Lunatic asylums United Provinces 1909-1921 - 1909-1921
Year: 1909
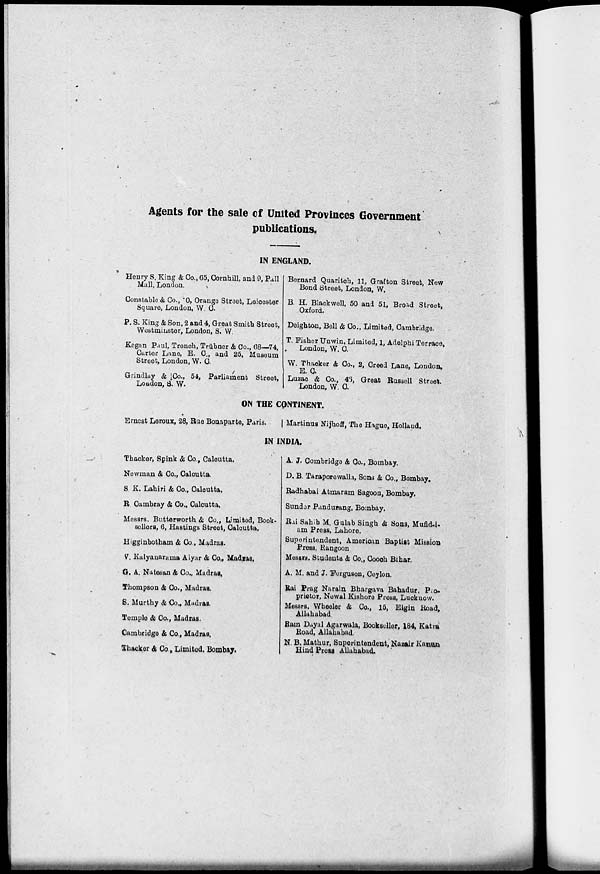
Agents for the sale of United Provinces Government
publications.
IN ENGLAND.
Henry S. King & Co., 65, Cornhill, and 9, Pall
Mall, London.
Constable & Co., O, Orange Street, Leicester
Square, London, W. C.
P. S. King & Son, 2 and 4, Great Smith Street,
Westminster, London, S. W.
Kegan Paul, Trench, Trübner & Co., 68—74,
Carter Lane, E. C., and 25, Museum
Street, London, W. C.
Grindlay & Co., 54, Parliament Street,
London, S. W.
Bernard Quaritch, 11, Grafton Street, New
Bond Street, London, W.
B. H. Black well, 50 and 51, Broad Street,
Oxford.
Deighton, Bell & Co., Limited, Cambridge.
T. Fisher Unwin, Limited, 1, Adelphi Terrace,
London, W. C.
W. Thacker & Co., 2, Creed Lane, London,
E. C.
Luzac & Co., 46, Great Russell Street.
London, W. C.
ON THE CONTINENT.
Ernest Leroux, 28, Rue Bonaparte, Paris.
Martinus Nijhoff, The Hague, Holland.
IN INDIA.
Thacker, Spink & Co., Calcutta.
Newman & Co., Calcutta.
S K. Lahiri & Co., Calcutta.
R Cambray & Co., Calcutta.
Messrs. Butterworth & Co., Limited, Book-
sellers, 6, Hastings Street, Calcutta.
Higginbotham & Co., Madras.
V. Kalyanarama Aiyar & Co., Madras.
G. A. Natesan & Co., Madras.
Thompson & Co., Madras.
S. Murthy & Co., Madras.
Temple & Co., Madras.
Cambridge & Co., Madras.
Thacker & Co., Limited. Bombay.
A. J. Combridge & Co., Bombay.
D. B. Taraporewalla, Sons & Co., Bombay.
Radhabai Atmaram Sagoon, Bombay.
Sunder Pandurang, Bombay.
Rai Sahib M. Gulab Singh & Sons, Mufid-i-am Press, Lahore.
Superintendent, American Baptist Mission
Press, Rangoon.
Messrs. Students.& Co., Cooch Bihar.
A. M. and J. 'Ferguson, Ceylon.
Rai Prag Narain Bhargava Bahadur, Proprietor, Newal Kishore Press, Lu
Messrs. Wheeler & Co., 15, Elgin Road,
Allahabad.
Ram Dayal Agarwala, Bookseller, 184, Katra
Road, Allahabad.
N. B. Mathur, Superintendent, Nazair Kanun
Hind Press Allahabad.